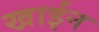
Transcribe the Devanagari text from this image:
खाईन